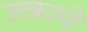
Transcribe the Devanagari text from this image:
उत्क्रामी